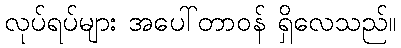
လုပ်ရပ်များ အပေါ်တာဝန် ရှိလေသည်။